Sketch of the medical history of the native army of Bombay, for the year
Year: 1872
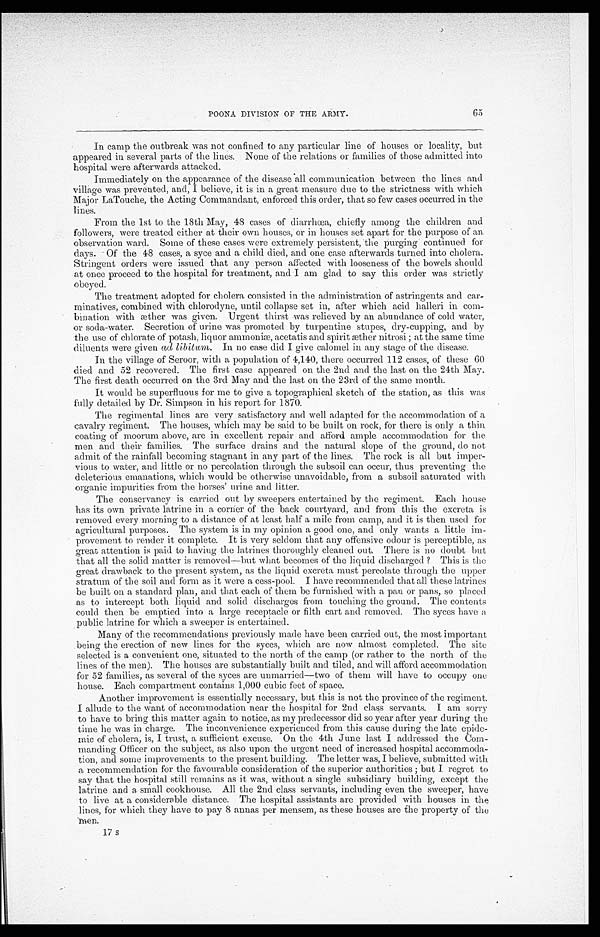
POONA DIVISION OF THE ARMY.
65
In camp the outbreak was not confined to any particular line of houses or locality, but
appeared in several parts of the lines. None of the relations or families of those admitted into
hospital were afterwards attacked.
Immediately on the appearance of the disease all communication between the lines and
village was prevented, and, I believe, it is in a great measure due to the strictness with which
Major LaTouche, the Acting Commandant, enforced this order, that so few cases occurred in the
lines.
From the 1st to the 18th May, 48 cases of diarrhœa, chiefly among the children and
followers, were treated either at their own houses, or in houses set apart for the purpose of an
observation ward. Some of these cases were extremely persistent, 'the purging continued for
days. Of the 48 cases, a syce and a child died, and one case afterwards turned into cholera.
Stringent orders were issued that any person affected with looseness of the bowels should
at once proceed to the hospital for treatment, and I am glad to say this order was strictly
obeyed.
The treatment adopted for cholera consisted in the administration of astringents and car
–minatives, combined with chlorodyne, until collapse set in, after which acid halleri in com
– b i n a t i o n w i t h æ t h e r w a s g i v e n . U r g e n t t h i r s t w a s r e l i e v e d b y a n a b u n d a n c e o f c o l d w a t e r ,
or soda–water. Secretion of urine was promoted by turpentine stupes, dry-cupping, and by
the use of chlorate of potash, liquor ammoniæ, acetatis and spirit æther nitrosi; at the same time
diluents were given ad libitum . In no case did I give calomel in any stage of the disease.
In the village of Seroor, with a population of 4,140, there occurred 112 cases, of these 60
died and 52 recovered. The first case appeared on the 2nd and the last on the 24th May.
The first death occurred on the 3rd May and the last on the 23rd of the same month.
It would be superfluous for me to give a topographical sketch of the station, as this was
fully detailed by Dr. Simpson in his report for 1870.
The regimental lines are very satisfactory and well adapted for the accommodation of a
cavalry regiment. The houses, which may be said to be built on rock, for there is only a thin
coating of moorum above, are in excellent repair and afford ample accommodation for the
men and their families. The surface drains and the natural slope of the ground, do not
admit of the rainfall becoming stagnant in any part of the lines. The rock is all but imper
–vious to water, and little or no percolation through the subsoil can occur, thus preventing the
deleterious emanations, which would be otherwise unavoidable, from a subsoil saturated with
organic impurities from the horses' urine and litter.
The conservancy is carried out by sweepers entertained by the regiment. Each house
has its own private latrine in a corner of the back courtyard, and from this the excreta is
removed every morning to a distance of at least half a mile from camp, and it is then used for
agricultural purposes. The system is in my opinion a good one, and only wants a little im
– p r o v e m e n t t o r e n d e r i t c o m p l e t e . I t i s v e r y s e l d o m t h a t a n y o f f e n s i v e o d o u r i s p e r c e p t i b l e , a s
great attention is paid to having the latrines thoroughly cleaned out. There is no doubt but
that all the solid matter is removed—but what becomes of the liquid discharged? This is the
great drawback to the present system, as the liquid excreta must percolate through the upper
stratum of the soil and form as it were a cess-pool. I have recommended that all these latrines
be built on a standard plan, and that each of them be furnished with a pan or pans, so placed
as to intercept both liquid and solid discharges from touching the ground. The contents
could then be emptied into a large receptacle or filth cart and removed. The syces have a
public latrine for which a sweeper is entertained.
Many of the recommendations previously made have been carried out, the most important
being the erection of new lines for the syces, which are now almost completed. The site
selected is a convenient one, situated to the north of the camp (or rather to the north of the
lines of the men). The houses are substantially built and tiled, and will afford accommodation
for 52 families, as several of the syces are unmarried—two of them will have to occupy one
house. Each compartment contains 1,000 cubic feet of space.
Another improvement is essentially necessary, but this is not the province of the regiment.
I allude to the want of accommodation near the hospital for 2nd class servants. I am sorry
to have to bring this matter again to notice, as my predecessor did so year after year during the
time he was in charge. The inconvenience experienced from this cause during the late epide–-
mic of cholera, is, I trust, a sufficient excuse. On the 4th June last I addressed the Com-
–manding Officer on the subject, as also upon the urgent need of increased hospital accommoda–-
tion, and some improvements to the present building. The letter was, I believe, submitted with
a recommendation for the favourable consideration of the superior authorities; but I regret to
say that the hospital still remains as it was, without a single subsidiary builing, except the
latrine and a small cookhouse. All the 2nd class servants, including even the sweeper, have
to live at a considerable distance. The hospital assistants are provided with houses in the
lines, for which they have to pay 8 annas per mensem, as these houses are the property of the
men.
17 S